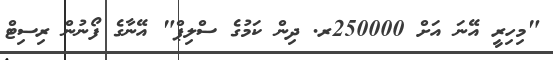
"މިހިރީ އޭނަ އަށް 250000ރ. ދިން ކަމުގެ ސްލިޕް" އޭނާގެ ފޯނުން ރިސިޓް